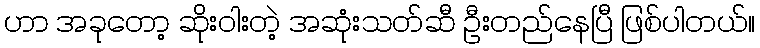
ဟာ အခုတော့ ဆိုးဝါးတဲ့ အဆုံးသတ်ဆီ ဦးတည်နေပြီ ဖြစ်ပါတယ်။